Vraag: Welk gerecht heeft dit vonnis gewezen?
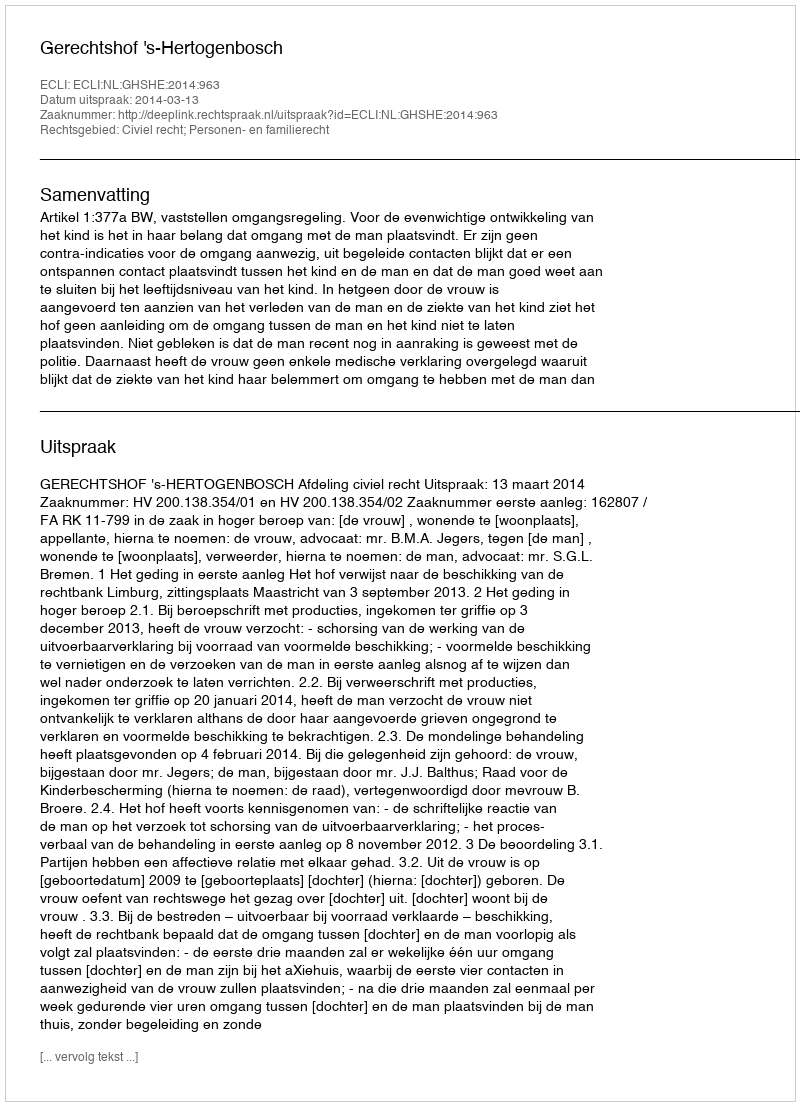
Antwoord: Gerechtshof 's-Hertogenbosch